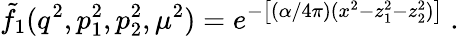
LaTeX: \tilde{f}_{1}(q^{2},p_{1}^{2},p_{2}^{2},\mu^{2})=e^{-\big[(\alpha/4\pi)(x^{2}-z_{1}^{2}-z_{2}^{2})\big]}~.